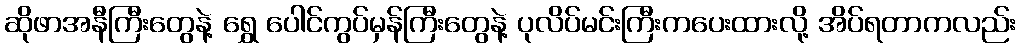
ဆိုဖာအနီကြီးတွေနဲ့ ရွှေ ပေါင်ကွပ်မှန်ကြီးတွေနဲ့ ပုလိပ်မင်းကြီးကပေးထားလို့ အိပ်ရတာကလည်း